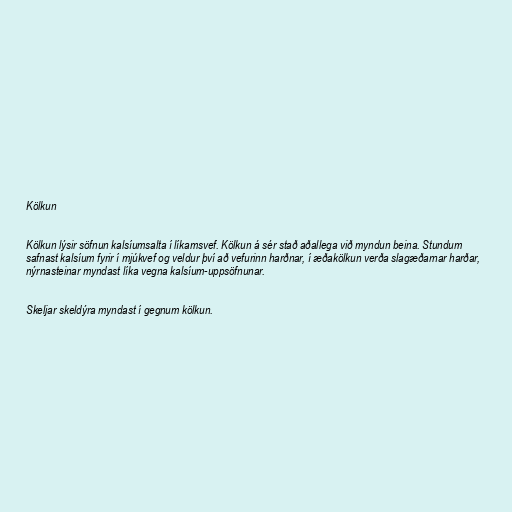
Kölkun

Kölkun lýsir söfnun kalsíumsalta í líkamsvef. Kölkun á sér stað aðallega við myndun beina. Stundum
safnast kalsíum fyrir í mjúkvef og veldur því að vefurinn harðnar, í æðakölkun verða slagæðarnar harðar,
nýrnasteinar myndast líka vegna kalsíum-uppsöfnunar.

Skeljar skeldýra myndast í gegnum kölkun.